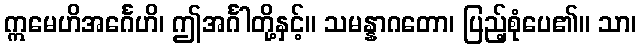
ဣမေဟိအင်္ဂေဟိ၊ ဤအင်္ဂါတို့နှင့်။ သမန္နာဂတော၊ ပြည့်စုံပေ၏။ သာ၊